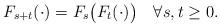
LaTeX: \begin{align*} F_{s+t}(\cdot)=F_s\big(F_t(\cdot)\big)\quad\forall s,t\geq 0.\end{align*}